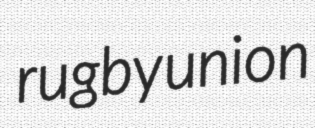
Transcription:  rugby union